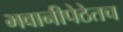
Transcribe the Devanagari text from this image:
भवानीपेठेतच